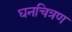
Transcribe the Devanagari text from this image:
घनचित्रण